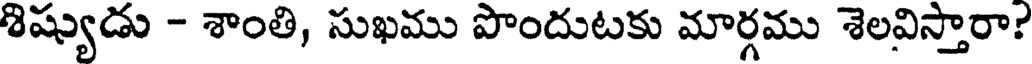
శిష్యుడు - శాంతి, సుఖము పొందుటకు మార్గము శెలవిస్తారా?